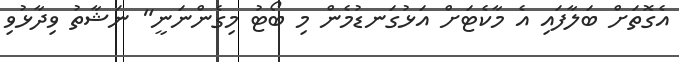
އެގޮތަށް ބަލާފައި އެ މާކެޓަށް އަޅުގަނޑުމެން މި ބޯޓު މިގެންނަނީ" ނަޝާތު ވިދާޅުވި